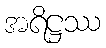
အရိဋ္ဌဿ